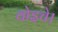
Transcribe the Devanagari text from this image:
वोइचे।